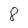
Character: 8